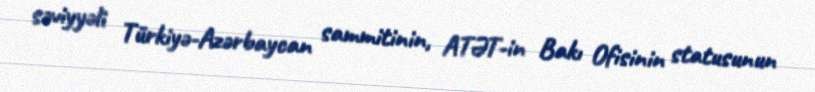
səviyyəli Türkiyə-Azərbaycan sammitinin, ATƏT-in Bakı Ofisinin statusunun